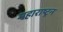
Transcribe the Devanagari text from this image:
महाराष्ट्रन